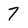
Character: 7